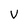
Character: V